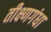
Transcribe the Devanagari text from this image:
तीक्ष्णगंधा